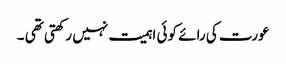
عورت کی رائے کوئی اہمیت نہیں رکھتی تھی ۔